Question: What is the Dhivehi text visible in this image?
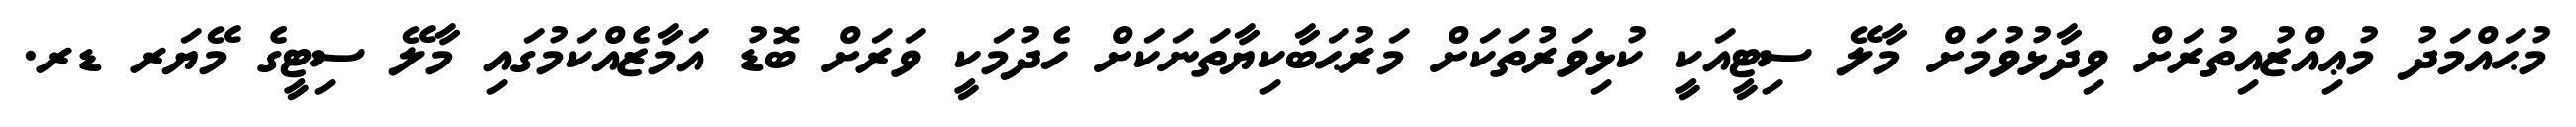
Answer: މުޙައްމަދު މުޢިއްޒުއިތުރަށް ވިދާޅުވުމަށް މާލޭ ސިޓީއަކީ ކުޅިވަރުތަކަށް މަރުޙަބާކިޔާތަނަކަށް ހެދުމަކީ ވަރަށް ބޮޑު އަމާޒެއްކަމުގައި މާލޭ ސިޓީގެ މޭޔަރ ޑރ.